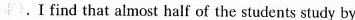
末）.I find that almost half of the students study by